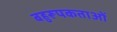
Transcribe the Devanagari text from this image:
बहुरूपकताओं